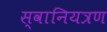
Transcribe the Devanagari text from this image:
स्वानियत्रण